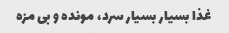
غذا بسیار بسیار سرد، مونده و بی مزه